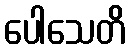
ပေါသေတိ